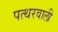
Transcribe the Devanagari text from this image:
पत्थरवाली